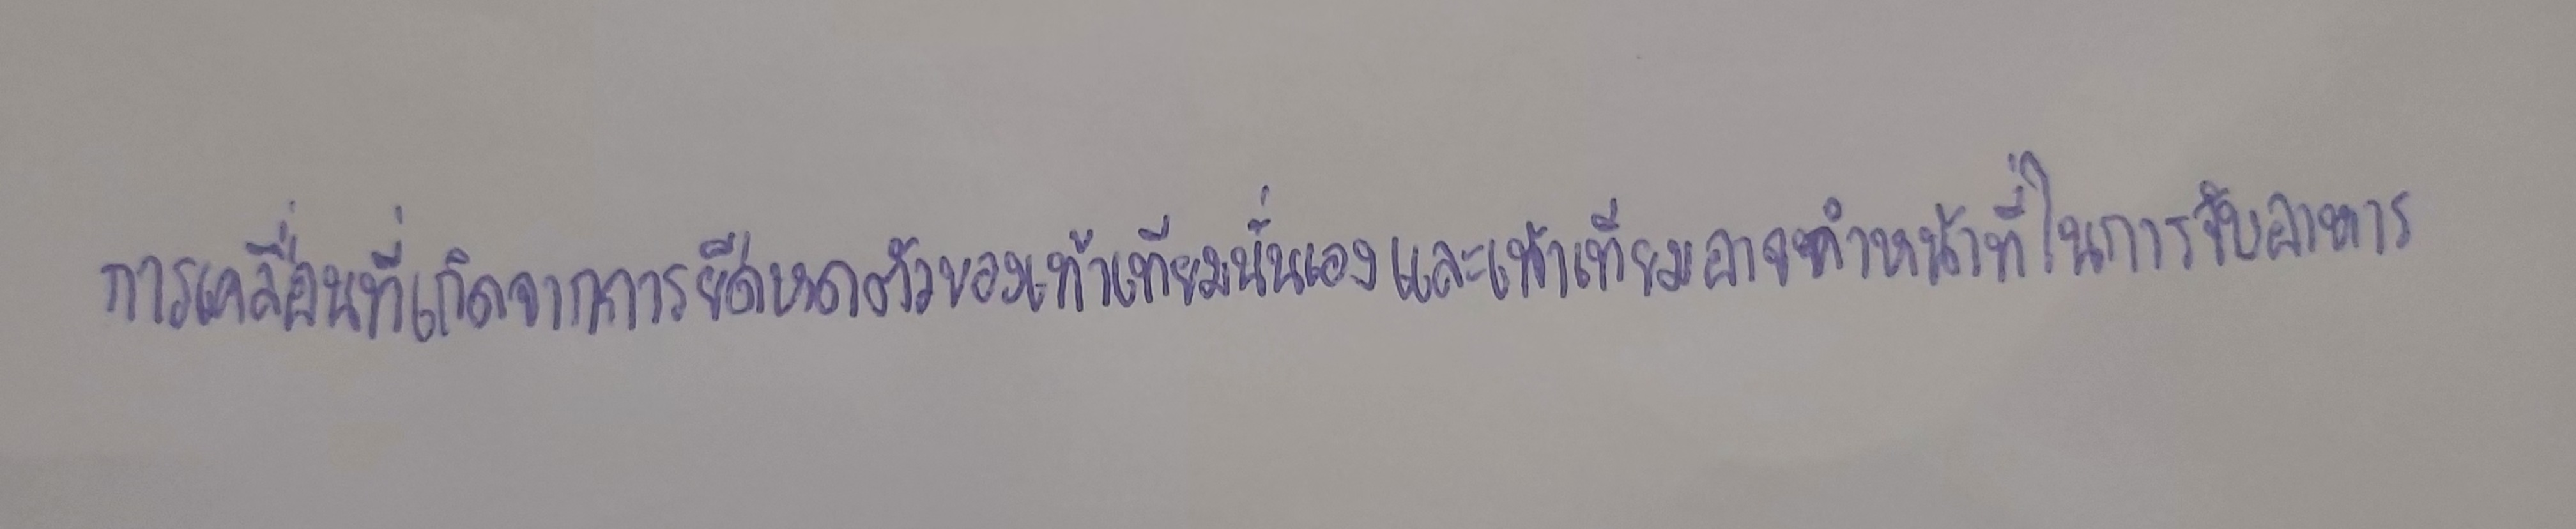
การเคลื่อนที่เกิดจากการยืดหดตัวของเท้าเทียมนั่นเองและเท้าเทียมอาจทำหน้าที่ในการจับอาหาร